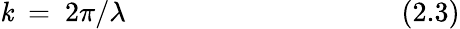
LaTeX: \mathit{k}~=~2\pi/\lambda~~~~~~~~~~~~~~~~~~~~~~~~~~~~~~~~~~~~~~~(2.3)